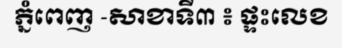
ភ្នំពេញ -សាខាទី៣ ៖ ផ្ទះលេខ